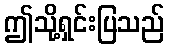
ဤသို့ရှင်းပြသည်